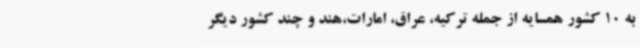
به 10 کشور همسایه از جمله ترکیه، عراق، امارات،هند و چند کشور دیگر